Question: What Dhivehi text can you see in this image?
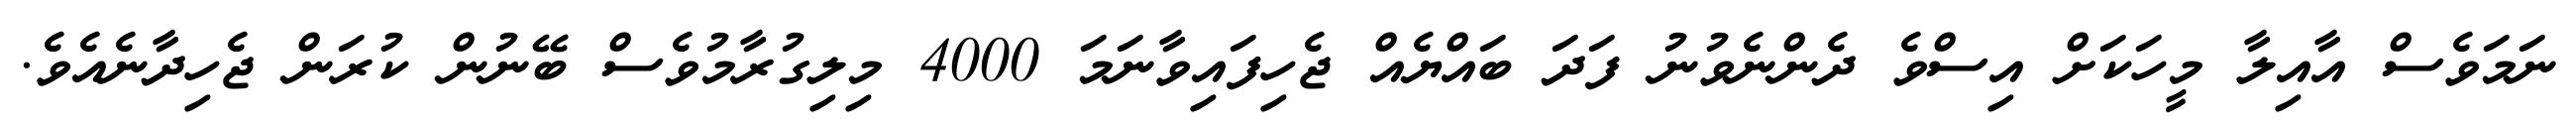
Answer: ނަމަވެސް އާއިލާ މީހަކަށް އިސްވެ ދެންނެވުނު ފަދަ ބައްޔެއް ޖެހިފައިވާނަމަ 4000 މިލިގުރާމުވެސް ބޭނުން ކުރަން ޖެހިދާނެއެވެ.